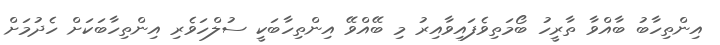
އިންތިހާބު ބާއްވާ ތާރީހު ބޯމަތިވެފައިވާއިރު މި ބޭއްވޭ އިންތިހާބަކީ ސުލްހަވެރި އިންތިހާބަކަށް ހެދުމަށް